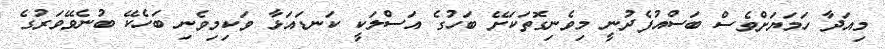
މިއަދާ ހަމަޔަށްވެސް ބަސްއުފެދުނީ މިވެނިގޮތަކަށޭ ބަހުގެ އަސްލަކީ ކަނޑައަޅާ ވަކިމިވެނި ބަހެކޭ ބުނެވޭވަރުގެ